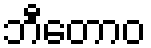
ဘီတောဝ